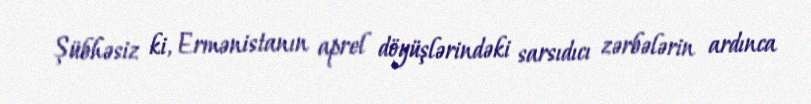
Şübhəsiz ki, Ermənistanın aprel döyüşlərindəki sarsıdıcı zərbələrin ardınca